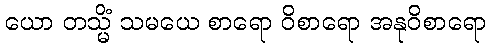
ယော တသ္မိံ သမယေ စာရော ဝိစာရော အနုဝိစာရော